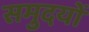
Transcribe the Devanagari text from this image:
समुदयों